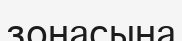
зонасына